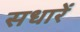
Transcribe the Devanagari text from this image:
सधारें